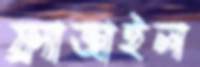
ফ্র্যাজাইল